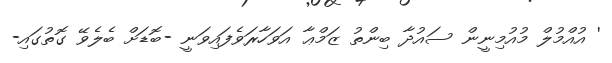
' އުއްމުލް މުއުމިނީން ސައުދާ ބިންތު ޒަމްޢާ އަވަހާރަވެފައިވަނީ -ބޮޑަށް ބެލެވޭ ގޮތުގައި-